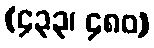
(၄၃၃၊ ၄၈၀)